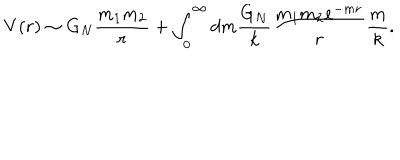
V ( r ) \sim G _ { N } { \frac { m _ { 1 } m _ { 2 } } { r } } + \int _ { 0 } ^ { \infty } d m { \frac { G _ { N } } { k } } { \frac { m _ { 1 } m _ { 2 } e ^ { - m r } } { r } } { \frac { m } { k } } .